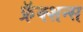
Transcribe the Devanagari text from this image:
फ्रॅक्शन्स